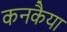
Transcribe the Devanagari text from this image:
कनकैया